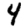
Digit: 4